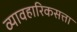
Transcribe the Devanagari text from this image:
व्यावहारिकसत्ता